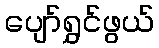
ပျော်ရွှင်ဖွယ်